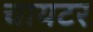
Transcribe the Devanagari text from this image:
चायटर